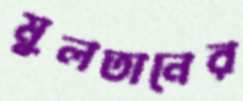
মুলতানের